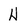
Character: H